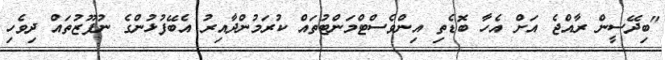
"ބިދޭސީން ރާއްޖެ އަށް އެހާ ބޮޑެތި އިންވެސްޓްމަންޓުތައް ކުރަމުންދާއިރު އެބޭފުޅުންގެ ނުފޫޒުތައް ދިވެހި